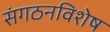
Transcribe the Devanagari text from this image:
संगठनविशेष